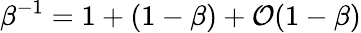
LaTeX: \beta^{-1}=1+(1-\beta)+\mathcal{O}(1-\beta)